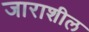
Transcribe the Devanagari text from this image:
जाराशील